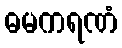
ဓမကရဏံ